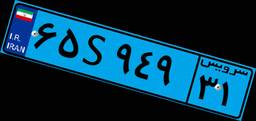
۹۲S۱۹۱۳۵